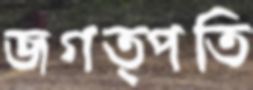
জগত্পতি